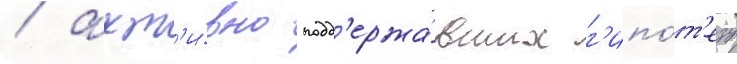
/ акт'и́вно подд'ержа́вших г'ипо́т'езу